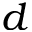
d